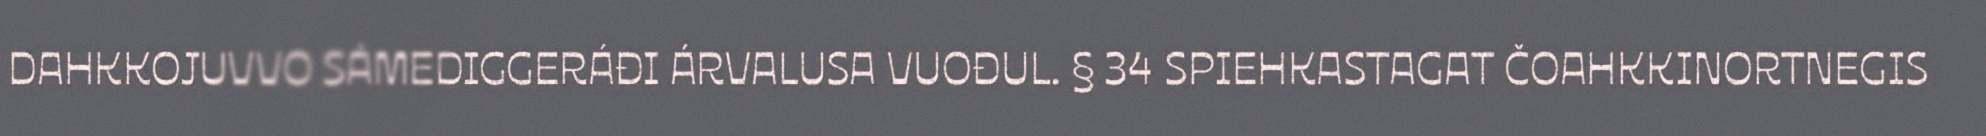
DAHKKOJUVVO SÁMEDIGGERÁĐI ÁRVALUSA VUOĐUL. § 34 SPIEHKASTAGAT ČOAHKKINORTNEGIS